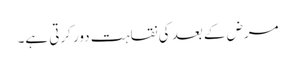
مرض کے بعد کی نقاہت دور کرتی ہے۔